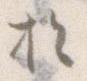
を